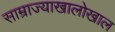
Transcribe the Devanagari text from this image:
साम्राज्याखालोखाल